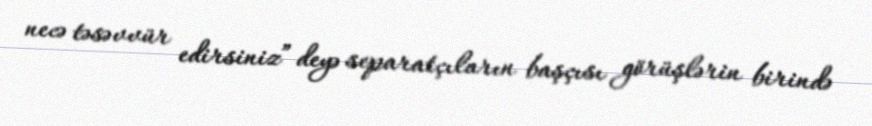
necə təsəvvür edirsiniz” deyə separatçıların başçısı görüşlərin birində